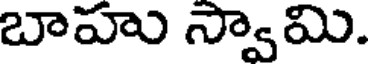
బాహు స్వామి.